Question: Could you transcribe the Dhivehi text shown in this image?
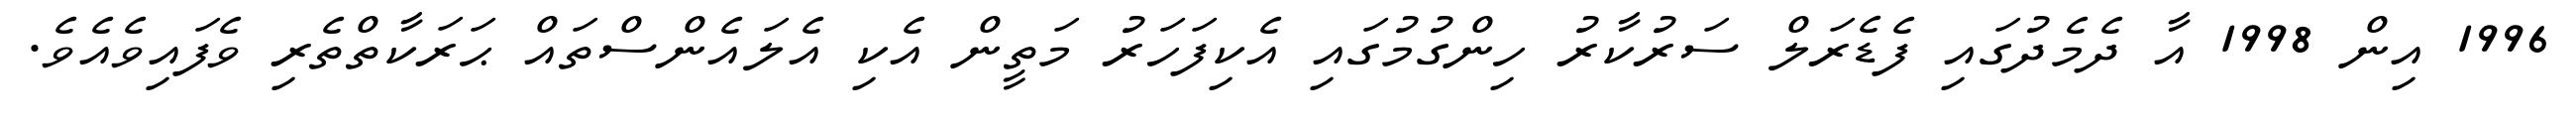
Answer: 1996 އިން 1998 އާ ދެމެދުގައި ފެޑެރަލް ސަރުކާރު ހިންގުމުގައި އެކިފަހަރު މަތީން އެކި އެލައެންސްތައް ޙަރަކާތްތެރި ވެފައިވެއެވެ.